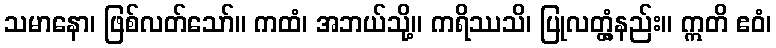
သမာနော၊ ဖြစ်လတ်သော်။ ကထံ၊ အဘယ်သို့။ ကရိဿသိ၊ ပြုလတ္တံ့နည်း။ ဣတိ ဧဝံ၊